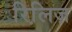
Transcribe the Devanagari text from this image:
रिलि़ज़